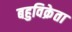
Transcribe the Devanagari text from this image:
बहुविक्रेता